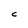
Character: C